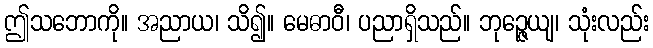
ဤသဘောကို။ အညာယ၊ သိ၍။ မေဓာဝီ၊ ပညာရှိသည်။ ဘုဉ္ဇေယျ၊ သုံးလည်း